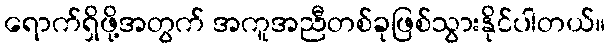
ရောက်ရှိဖို့အတွက် အကူအညီတစ်ခုဖြစ်သွားနိုင်ပါတယ်။